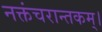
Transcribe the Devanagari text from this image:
नक्तंचरान्तकम्‌।